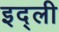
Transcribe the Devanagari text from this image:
इद्ली